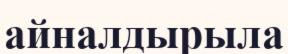
айналдырыла